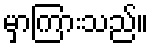
မှာကြားသည်။